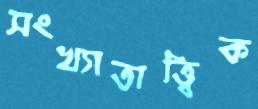
সংখ্যাতাত্ত্বিক